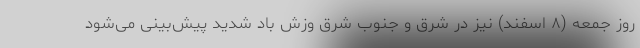
روز جمعه (۸ اسفند) نیز در شرق و جنوب شرق وزش باد شدید پیش‌بینی می‌شود